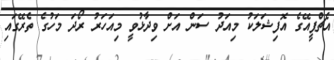
އެޗްޕީއޭގެ އޮފިޝަލަކު މިއަދު ސަން އަށް ވިދާޅުވީ މިއަހަރު ރޯދަ މަހުގެ ތެރޭގައި